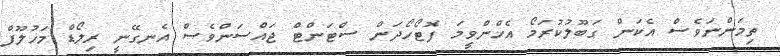
ތިމަންނަވެސް އެކަން ގަބޫލުކުރަމޯ އެހްންވީމަ ފޮޓޯހޯދަން ސްޓަންޓް ޖައްސަންވެސް އެނގޭނީ ރިލޯޑް މަޚުލޫފް